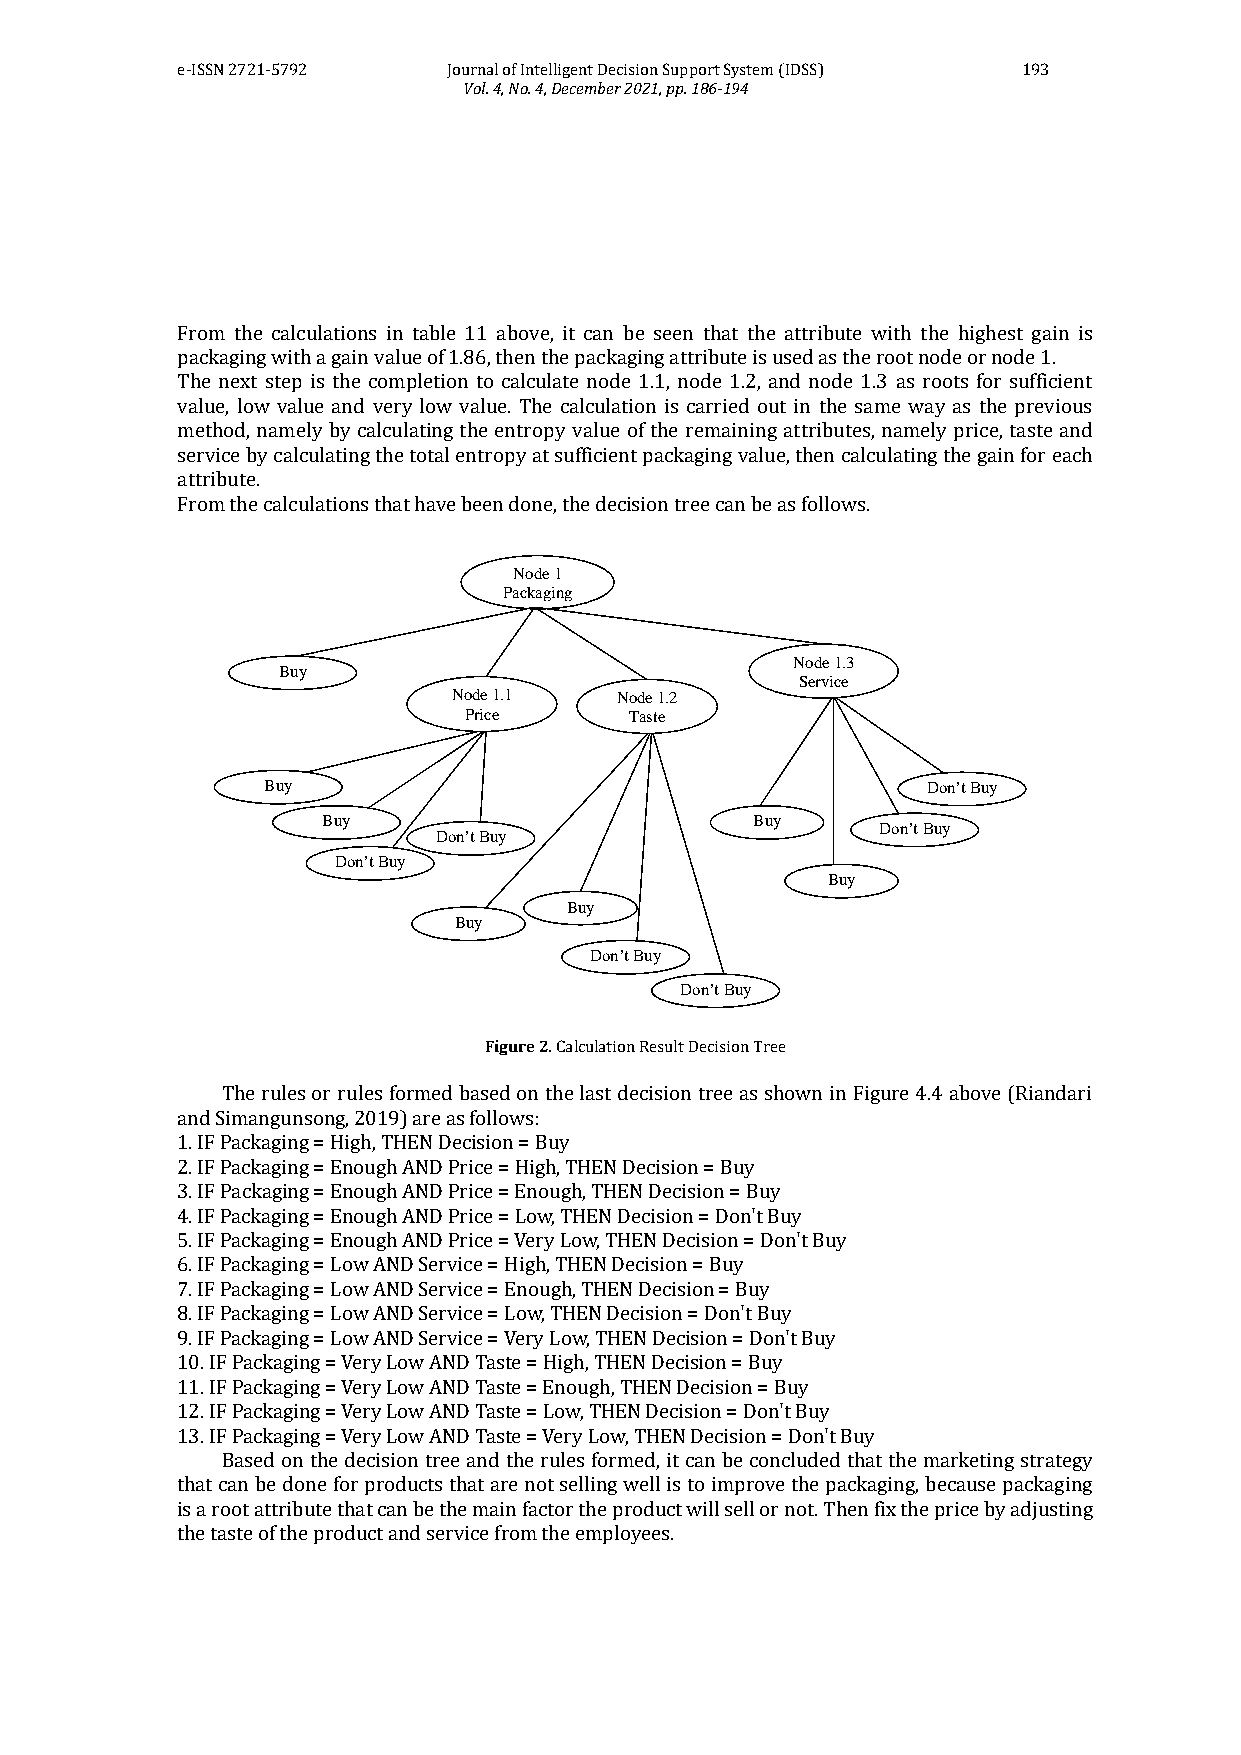
e-ISSN 2721-5792  Journal of Intelligent Decision Support System (IDSS) 193
 Vol. 4, No. 4, December 2021, pp. 186-194
 From the calculations in table 11 above, it can be seen that the attribute with the highest gain is
 packaging with a gain value of 1.86, then the packaging attribute is used as the root node or node 1.
 The next step is the completion to calculate node 1.1, node 1.2, and node 1.3 as roots for sufficient
 value, low value and very low value. The calculation is carried out in the same way as the previous
 method, namely by calculating the entropy value of the remaining attributes, namely price, taste and
 service by calculating the total entropy at sufficient packaging value, then calculating the gain for each
 attribute.
 From the calculations that have been done, the decision tree can be as follows.
 Node 1
 Packaging
 Node 1.3
 Buy
 Service
 Node 1.1   Node 1.2
 Price      Taste
 Buy                                         Don’t Buy
 Buy                          Buy
 Don’t Buy
 Don’t Buy
 Don’t Buy
 Buy
 Buy
 Buy
 Don’t Buy
 Don’t Buy
 Figure 2. Calculation Result Decision Tree
 The rules or rules formed based on the last decision tree as shown in Figure 4.4 above (Riandari
 and Simangunsong, 2019) are as follows:
 1. IF Packaging = High, THEN Decision = Buy
 2. IF Packaging = Enough AND Price = High, THEN Decision = Buy
 3. IF Packaging = Enough AND Price = Enough, THEN Decision = Buy
 4. IF Packaging = Enough AND Price = Low, THEN Decision = Don't Buy
 5. IF Packaging = Enough AND Price = Very Low, THEN Decision = Don't Buy
 6. IF Packaging = Low AND Service = High, THEN Decision = Buy
 7. IF Packaging = Low AND Service = Enough, THEN Decision = Buy
 8. IF Packaging = Low AND Service = Low, THEN Decision = Don't Buy
 9. IF Packaging = Low AND Service = Very Low, THEN Decision = Don't Buy
 10. IF Packaging = Very Low AND Taste = High, THEN Decision = Buy
 11. IF Packaging = Very Low AND Taste = Enough, THEN Decision = Buy
 12. IF Packaging = Very Low AND Taste = Low, THEN Decision = Don't Buy
 13. IF Packaging = Very Low AND Taste = Very Low, THEN Decision = Don't Buy
 Based on the decision tree and the rules formed, it can be concluded that the marketing strategy
 that can be done for products that are not selling well is to improve the packaging, because packaging
 is a root attribute that can be the main factor the product will sell or not. Then fix the price by adjusting
 the taste of the product and service from the employees.